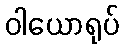
ဝါယောရုပ်